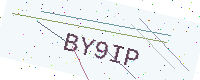
Text: BY9IP